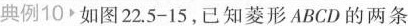
典礼10▶如图22.5-15，已知菱形ABCD的两条